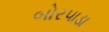
બોરપાડા